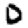
Digit: 0